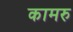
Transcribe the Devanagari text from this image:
कामरु